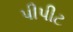
પીપીટ